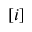
[ i ]